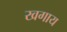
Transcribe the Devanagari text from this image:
खगाय